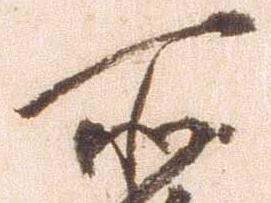
所